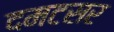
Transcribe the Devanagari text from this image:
दमटसर